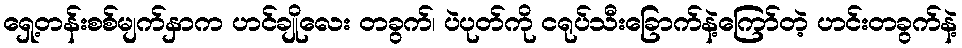
ရှေ့တန်းစစ်မျက်နှာက ဟင်ချိုလေး တခွက်၊ ပဲပုတ်ကို ငရုပ်သီးခြောက်နဲ့ကြော်တဲ့ ဟင်းတခွက်နဲ့